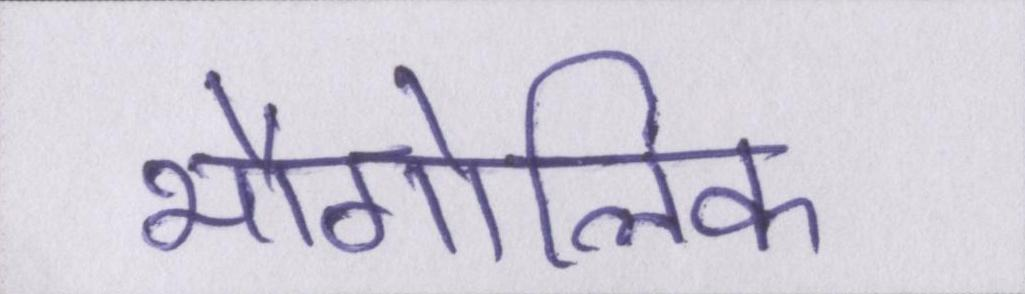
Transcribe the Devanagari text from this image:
भौगोलिक